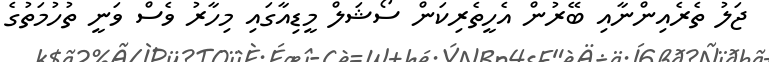
ޖަލު ތެރެއިންނާއި ބޭރުން އެހީތެރިކަން ސޯޝަލް މީޑިއާގައި މިހާރު ވެސް ވަނީ ތުހުމަތުގެ